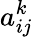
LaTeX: a_{ij}^{k}